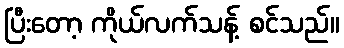
ပြီးတော့ ကိုယ်လက်သန့် စင်သည်။